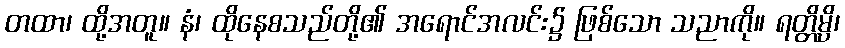
တထာ၊ ထို့အတူ။ နံ၊ ထိုနေစသည်တို့၏ အရောင်အလင်း၌ ဖြစ်သော သညာကို။ ရတ္တိမ္ပိ၊